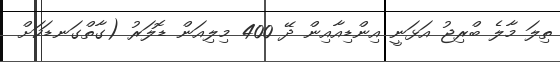
ތިލަ މާލެ ބްރިޖު އަޅަނީ އިންޑިއާއިން ދޭ 400 މިލިއަން ޑޮލަރު (ގާތްގަނޑަކަށް